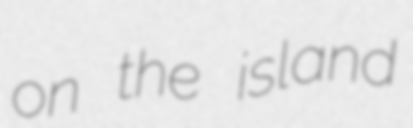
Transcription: on the island